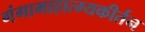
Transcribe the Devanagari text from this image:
गंगामाहात्म्यकीर्तन